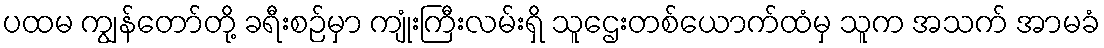
ပထမ ကျွန်တော်တို့ ခရီးစဉ်မှာ ကျုံးကြီးလမ်းရှိ သူဌေးတစ်ယောက်ထံမှ သူက အသက် အာမခံ